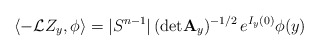
\begin{align*} \langle -{\mathcal L}Z_y,\phi\rangle = |S^{n-1}|\,({\rm det}{\bf A}_y)^{-1/2}\,e^{I_y(0)}\phi(y) \end{align*}